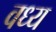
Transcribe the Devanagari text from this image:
वध्य